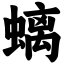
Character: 螭